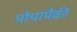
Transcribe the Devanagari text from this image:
पोपांपैकी